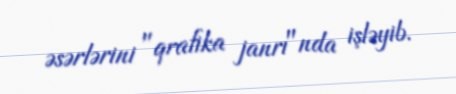
əsərlərini "qrafika janrı"nda işləyib.